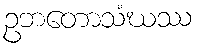
ဥဘတောသံဃဿ